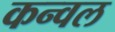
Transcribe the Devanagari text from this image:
कन्वल